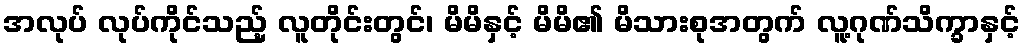
အလုပ် လုပ်ကိုင်သည့် လူတိုင်းတွင်၊ မိမိနှင့် မိမိ၏ မိသားစုအတွက် လူ့ဂုဏ်သိက္ခာနှင့်